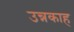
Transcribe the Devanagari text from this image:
उन्नकाह